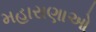
મહારાણાઓ